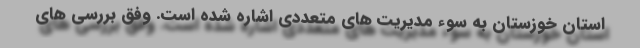
استان خوزستان به سوء مدیریت های متعددی اشاره شده است. وفق بررسی های